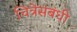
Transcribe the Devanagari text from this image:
चित्रेसंबंधी